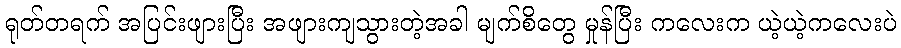
ရုတ်တရက် အပြင်းဖျားပြီး အဖျားကျသွားတဲ့အခါ မျက်စိတွေ မှုန်ပြီး ကလေးက ယဲ့ယဲ့ကလေးပဲ